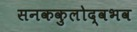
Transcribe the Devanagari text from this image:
सनककुलोद्वभव